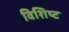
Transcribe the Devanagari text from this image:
विशिष्‍ट